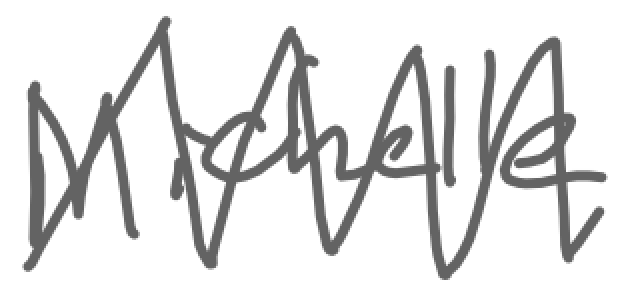
Text: Michelle
Cross-out: zig-zag
Writing tool: digital_gray